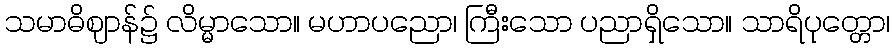
သမာဓိဈာန်၌ လိမ္မာသော။ မဟာပညော၊ ကြီးသော ပညာရှိသော။ သာရိပုတ္တော၊